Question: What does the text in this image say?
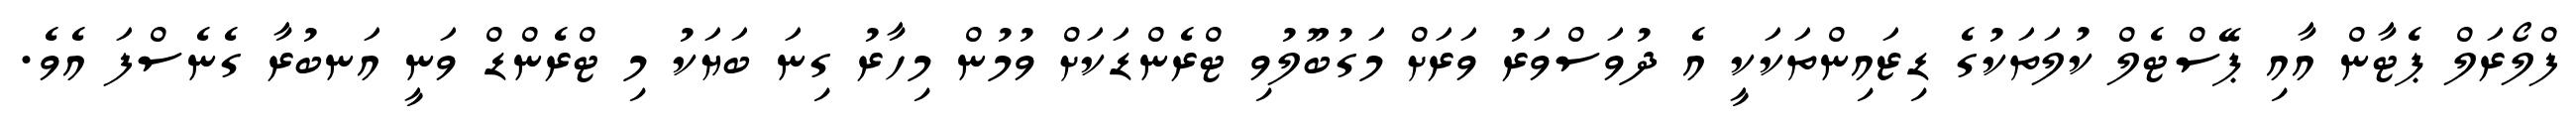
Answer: ފްލޯރަލް ޕެޓާން އާއި ޕޭސްޓެލް ކުލަތަކުގެ ޑިޒައިންތަކަކީ އެ ދުވަސްވަރު ވަރަށް މަގުބޫލުވި ޓްރެންޑަކަށް ވުމުން މިހާރު ގިނަ ބަޔަކު މި ޓްރެންޑް ވަނީ އަނބުރާ ގެނެސްފަ އެވެ.